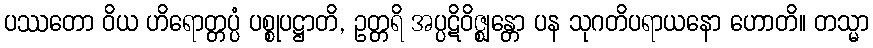
ပဿတော ဝိယ ဟိရောတ္တပ္ပံ ပစ္စုပဋ္ဌာတိ, ဥတ္တရိ အပ္ပဋိဝိဇ္ဈန္တော ပန သုဂတိပရာယနော ဟောတိ။ တသ္မာ